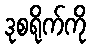
ဒုစရိုက်ကို